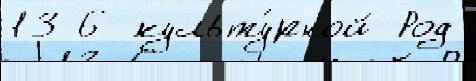
13 6 культу́рной Род